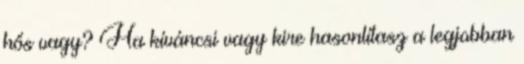
hős vagy? Ha kíváncsi vagy kire hasonlítasz a legjobban